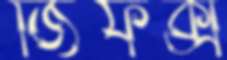
জিফক্স